Civil Veterinary Department. United Provinces 1932-42 - 1932-1942
Year: 1932
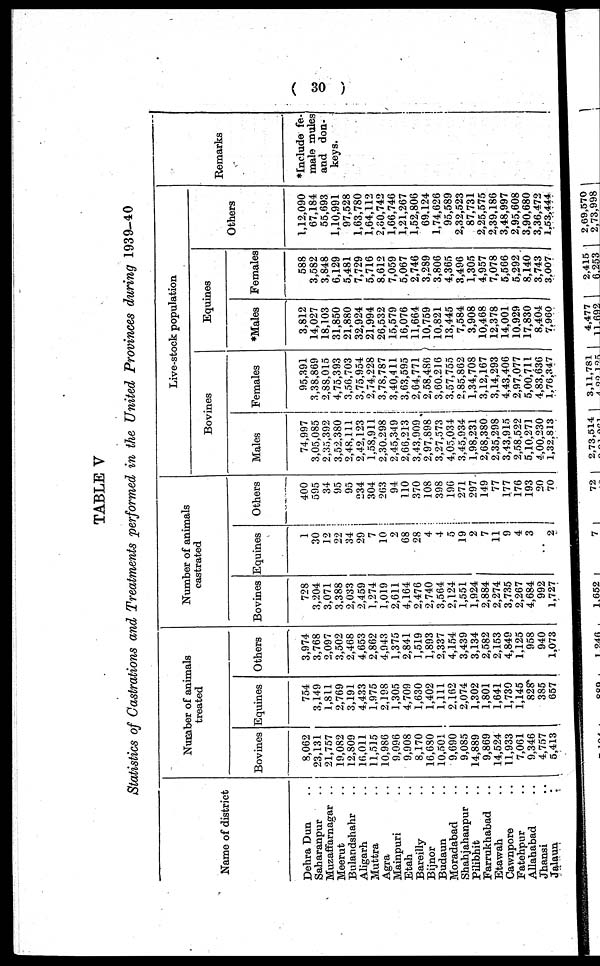
( 30 )
TABLE V
Statistics of Castrations and Treatments performed in the United Provinces during 1939-40
Name of district
Dehra Dun ..
Saharanpur ..
Muzaffarnagar ..
Meerut ..
Bulandshahr ..
Aligarh ..
Muttra ..
Agra ..
Mainpuri ..
Etah ..
Bareilly ..
Bijnor ..
Budaun ..
Moradabad ..
Shahjahanpur
..
Pilibhit ..
Farrukhabad ..
Etawah ..
Cawnpore ..
Fatehpur ..
Allahabad ..
Jhansi ..
Jalaun ..
Number of animals
treated
Bovines
8,062
23,131
21,757
19,082
12,809
16,011
11,515
10,986
9,096
9,908
8,170
16,680
10,501
9,690
9,085
14,889
9,869
14,524
11,933
7,061
9,346
4,757
5,413
Equines
754
3,149
1,811
2,769
3,191
4,433
1,975
2,198
1,305
4,709
1,630
1,402
1,111
2,162
2,074
1,302
1,801
1,641
1,730
1,145
828
385
657
Others
3,974
3,768
2,097
3,502
2,468
4,653
2,862
4,943
1,375
2,841
1,519
1,893
2,337
4,154
3,439
3,134
2,582
2,153
4,849
1,125
958
940
1,073
Number of animals
castrated
Bovines
728
3,204
3,071
3,388
2,033
2,459
1,274
1,019
2,611
4,164
2,476
2,740
3,564
2,124
1,551
1,924
2,884
2,274
3,735
2,267
4,684
992
1,727
Equines
1
30
12
22
34
29
7
10
2
68
28
4
4
5
19
2
7
11
9
4
3
..
2
Others
400
595
34
95
95
234
304
263
94
110
370
108
398
196
271
297
149
77
177
176
193
20
70
Live-stock population
Bovines
Males
74,997
3,05,085
2,35,392
3,52,380
2,48,111
2,42,123
l,58,911
2,30,298
2,45,349
2,66,213
3,43,909
2,97,898
3,27,573
4,05,034
3,45,934
1,98,231
2,68.380
2,35,298
3,43,915
2,58,522
5,10,271
4,00,230
1,32,813
Females
95,391
3,38,869
2,88,015
4,75,393
3,56,703
3,75,954
2,74,228
3,78,787
3,40,411
3,63,595
2,64,771
2,58,486
3,60,216
3,57,755
2,85,862
1,34,708
3,12,167
3,14,293
4,43,406
2,97,077
5,00,711
4,83,636
1,76,347
Equines
*Males
3,812
14,027
18,103
31,850
21,880
32,924
21,994
26,532
15,579
16,076
11,664
10,759
10,821
13,445
7,584
3,908
10,468
12,378
14,001
10,929
17,830
8,404
7,960
Females
588
3,582
3,848
6,129
5,481
7,729
5,716
8,612
7,059
5,067
2,746
3,289
3,806
4,365
3,496
1,305
4,957
7,078
5,566
5,292
8,140
3,743
3,007
Others
1,12,090
67,184
55,693
1,10,991
97,528
1,63,780
1,64,112
2,60,742
1,66,746
1,21,267
1,52,806
69,124
1,74,626
95,589
2,32,523
87,731
2,25,575
2,39,186
3,48,997
2,95,608
3,90,680
3,36,472
1,53,444
Remarks
*Include fe-
male mules
and don-
keys.